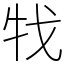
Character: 牫